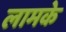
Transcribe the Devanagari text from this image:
लामके